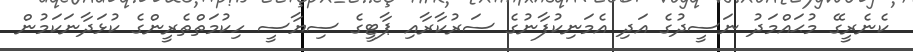
ކެނެރީގޭ މުޙައްމަދު ނަސީދުގެ އަދި އެމަނިކުފާނުގެ ސަރުކާރާއި ޕާޓީގެ ސިޔާސީ ހިކުމަތްތެރީންގެ ކުޅަދާނަކަމުން